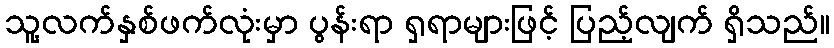
သူ့လက်နှစ်ဖက်လုံးမှာ ပွန်းရာ ရှရာများဖြင့် ပြည့်လျက် ရှိသည်။